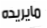
مايريده